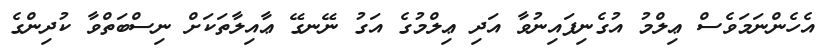
އެހެންނަމަވެސް ޢިލްމު އުގެނިފައިނުވާ އަދި ޢިލްމުގެ އަގު ނޭނގޭ ޢާއިލާތަކަށް ނިސްބަތްވާ ކުދިންގެ